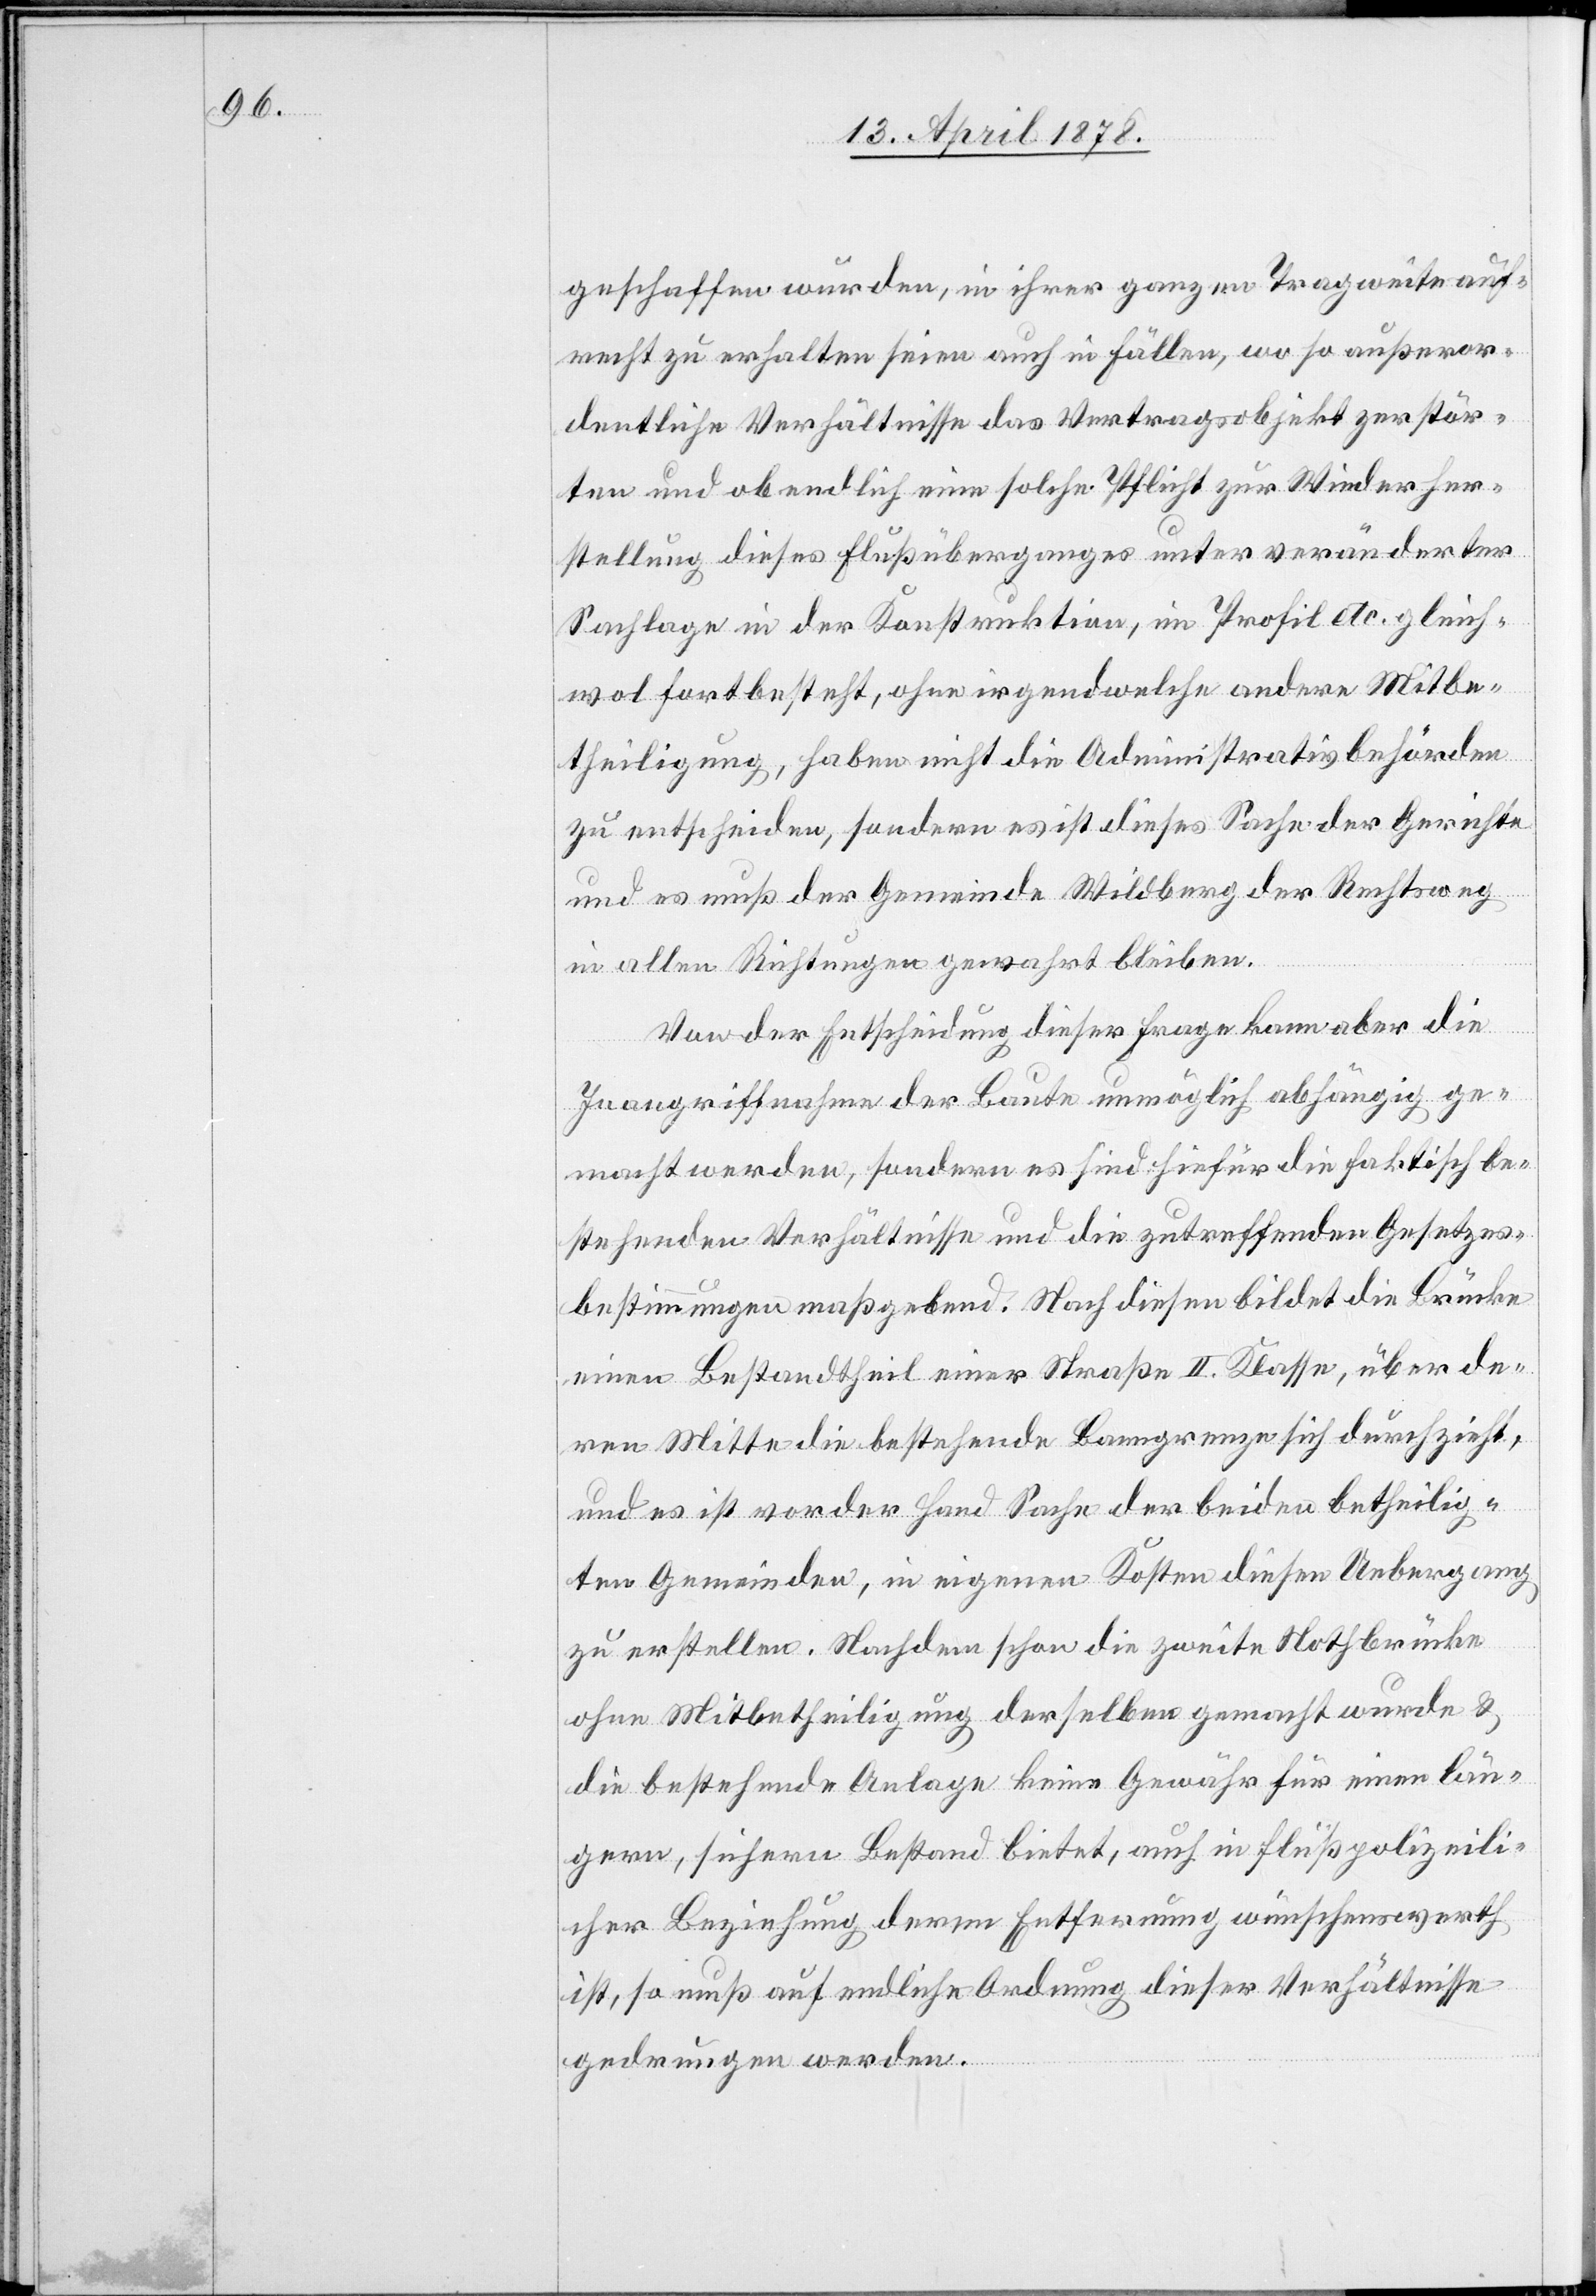
geschaffen wurden, in ihrer ganzen Tragweite auf¬
recht zu erhalten seien auch in Fällen, wo so außeror¬
dentliche Verhältnisse das Vertragsobjekt zerstör¬
ten und ob endlich eine solche Pflicht zur Wiederher¬
stellung dieses Flußüberganges unter veränderter
Sachlage in der Konstruktion, im Profil etc. gleich¬
wol fortbesteht, ohne irgendwelche andere Mitbe¬
theiligung, haben nicht die Administrativbehörden
zu entscheiden, sondern es ist dieses Sache der Gerichte
und es muß der Gemeinde Wildberg der Rechtsweg
in allen Richtungen gewahrt bleiben.
Von der Entscheidung dieser Frage kann aber die
Inangriffnahme der Baute unmöglich abhängig ge¬
macht werden, sondern es sind hiefür die faktisch be¬
stehenden Verhältnisse und die zutreffenden Gesetzes¬
bestimmungen maßgebend. Nach diesen bildet die Brücke
einen Bestandtheil einer Straße II. Klasse, über de¬
ren Mitte die bestehende Banngrenze sich durchzieht,
und es ist vor der Hand Sache der beiden betheilig¬
ten Gemeinden, in eigenen Kosten diesen Uebergang
zu erstellen. Nachdem schon die zweite Nothbrücke
ohne Mitbetheiligung derselben gemacht wurde &
die bestehende Anlage keine Gewähr für einen län¬
gern, sichern Bestand bietet, auch in flußpolizeili¬
cher Beziehung deren Entfernung wünschenswerth
ist, so muß auf endliche Ordnung dieser Verhältnisse
gedrungen werden.